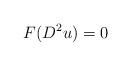
LaTeX: \begin{align*}F(D^2u)=0\end{align*}